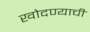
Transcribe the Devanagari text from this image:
खोदण्याची